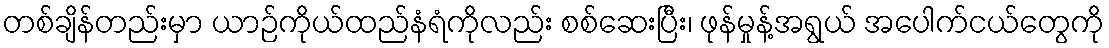
တစ်ချိန်တည်းမှာ ယာဉ်ကိုယ်ထည်နံရံကိုလည်း စစ်ဆေးပြီး၊ ဖုန်မှုန့်အရွယ် အပေါက်ငယ်တွေကို